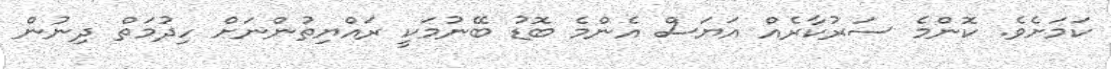
ކަމަށެވެ. ކޮންމެ ސަރުކާރެއް އަޔަސް އެންމެ ބޮޑު ބޭނުމަކީ ރައްޔިތުންނަށް ހިދުމަތް ދިނުން